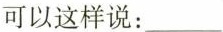
你可以这样说：___